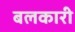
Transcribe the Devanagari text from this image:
बलकारी